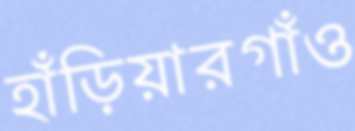
হাঁড়িয়ারগাঁও